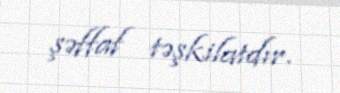
şəffaf təşkilatdır.